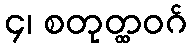
၄၊ စတုတ္ထဝဂ်